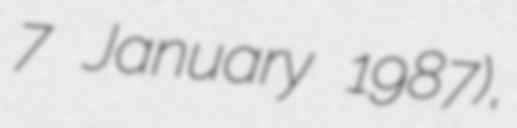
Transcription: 7 January 1987),